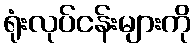
ရုံးလုပ်ငန်းများကို